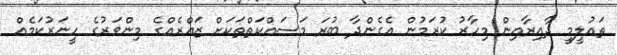
ތައުލީމީ ދާއިރާއިން މިހާރު ކުރަމުން އެގެންދާ ބުރަ މަސައްކަތްތަކަށް ޒައްރެއްގެ މިންވަރުގެ ހީނަރުކަމެއް